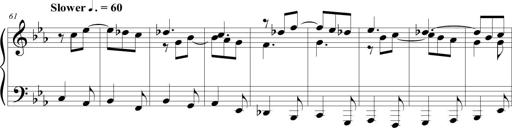
Title: Tiny Tina
Composer: Michel Rondeau
Key: E-flat major